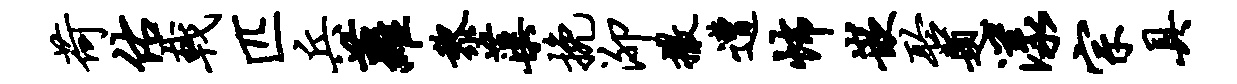
荷佑戟匹兵萝黎蕖挽泖撒遭怖嵌聆题漾宗具